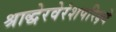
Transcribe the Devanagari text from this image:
श्राद्धेरवेरंशपरिक्ष्ये